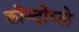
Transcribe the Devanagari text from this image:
कोन्दोय्ले